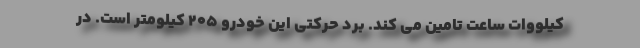
کیلووات ساعت تامین می کند. برد حرکتی این خودرو 205 کیلومتر است. در